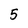
Character: 5